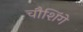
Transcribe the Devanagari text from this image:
चौशिंगे